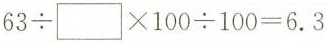
63\div\Box \times100\div100=6.3